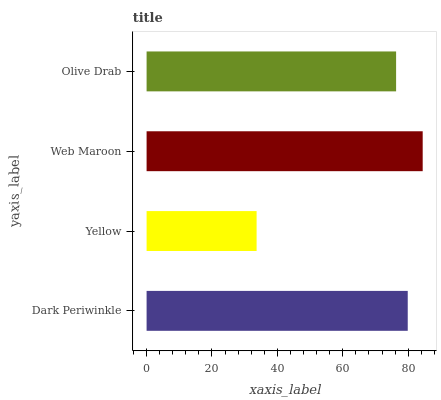
| yaxis_label | bars |
 | --- | --- |
 | Dark Periwinkle | 79.9 |
 | Yellow | 33.6 |
 | Web Maroon | 84.4 |
 | Olive Drab | 76.3 |